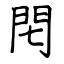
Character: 𨳍